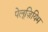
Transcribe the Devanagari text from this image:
पेलूज़ियिम